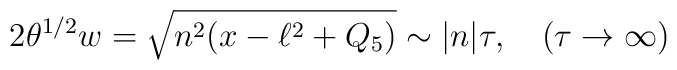
2\theta^{1/2}w=\sqrt{n^2(x-\ell^2+Q_5)}\sim |n|\tau, \quad (\tau\rightarrow\infty)